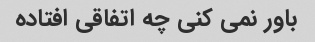
باور نمی کنی چه اتفاقی افتاده